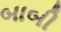
બાબી